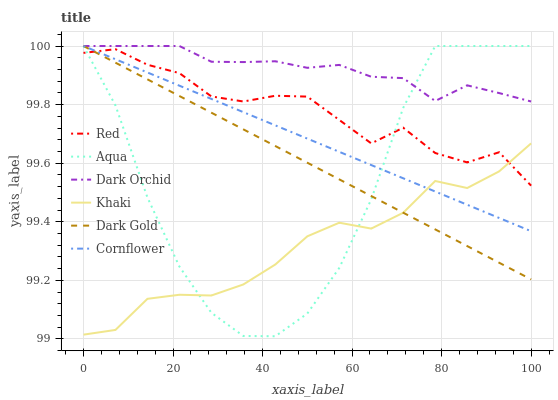
| xaxis_label | Red | Aqua | Dark Orchid | Khaki | Dark Gold | Cornflower |
 | --- | --- | --- | --- | --- | --- | --- |
 | 0 | 100 | 100 | 100 | 99 | 100 | 100 |
 | 7.14 | 100 | 99.8 | 100 | 99 | 99.9 | 100 |
 | 14.3 | 99.9 | 99.5 | 100 | 99.1 | 99.9 | 99.9 |
 | 21.4 | 99.9 | 99.2 | 100 | 99.2 | 99.8 | 99.9 |
 | 28.6 | 99.8 | 99.1 | 99.9 | 99.1 | 99.8 | 99.8 |
 | 35.7 | 99.8 | 99 | 99.9 | 99.2 | 99.7 | 99.8 |
 | 42.9 | 99.8 | 99 | 99.9 | 99.3 | 99.7 | 99.7 |
 | 50 | 99.8 | 99.1 | 99.9 | 99.4 | 99.6 | 99.7 |
 | 57.1 | 99.7 | 99.2 | 99.9 | 99.4 | 99.5 | 99.6 |
 | 64.3 | 99.7 | 99.5 | 99.9 | 99.4 | 99.5 | 99.6 |
 | 71.4 | 99.7 | 99.8 | 99.9 | 99.4 | 99.4 | 99.5 |
 | 78.6 | 99.6 | 100 | 99.8 | 99.5 | 99.4 | 99.5 |
 | 85.7 | 99.6 | 100 | 99.9 | 99.5 | 99.3 | 99.5 |
 | 92.9 | 99.6 | 100 | 99.8 | 99.6 | 99.3 | 99.4 |
 | 100 | 99.5 | 100 | 99.8 | 99.7 | 99.2 | 99.4 |